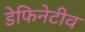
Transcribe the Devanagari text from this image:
डेफिनेटीव